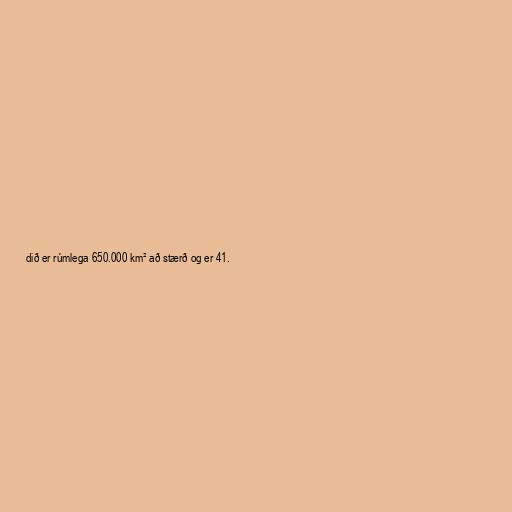
dið er rúmlega 650.000 km² að stærð og er 41.